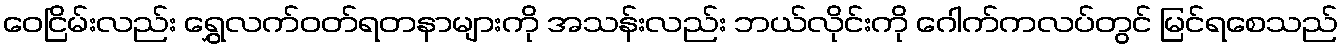
ဝေငြိမ်းလည်း ရွှေလက်ဝတ်ရတနာများကို အသန်းလည်း ဘယ်လိုင်းကို ဂေါက်ကလပ်တွင် မြင်ရစေသည်